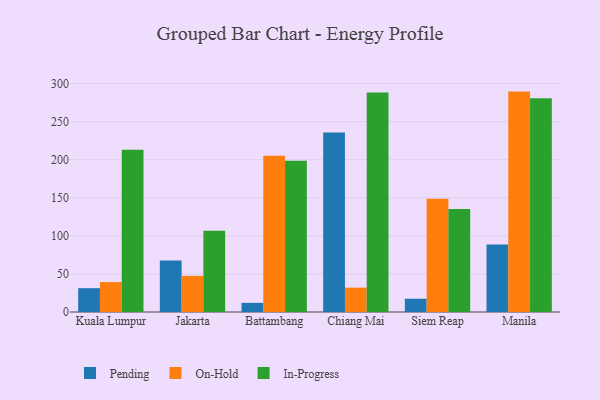
{"axis": {"x": "City", "y": "Satisfaction Score"}, "legend": ["In-Progress", "On-Hold", "Pending"], "data": [{"x": "Kuala Lumpur", "y": 31.3, "type": "Pending"}, {"x": "Kuala Lumpur", "y": 39.3, "type": "On-Hold"}, {"x": "Kuala Lumpur", "y": 213.2, "type": "In-Progress"}, {"x": "Jakarta", "y": 67.8, "type": "Pending"}, {"x": "Jakarta", "y": 47.5, "type": "On-Hold"}, {"x": "Jakarta", "y": 106.7, "type": "In-Progress"}, {"x": "Battambang", "y": 12.0, "type": "Pending"}, {"x": "Battambang", "y": 205.2, "type": "On-Hold"}, {"x": "Battambang", "y": 198.6, "type": "In-Progress"}, {"x": "Chiang Mai", "y": 235.9, "type": "Pending"}, {"x": "Chiang Mai", "y": 32.0, "type": "On-Hold"}, {"x": "Chiang Mai", "y": 288.3, "type": "In-Progress"}, {"x": "Siem Reap", "y": 17.4, "type": "Pending"}, {"x": "Siem Reap", "y": 148.8, "type": "On-Hold"}, {"x": "Siem Reap", "y": 135.4, "type": "In-Progress"}, {"x": "Manila", "y": 88.5, "type": "Pending"}, {"x": "Manila", "y": 289.5, "type": "On-Hold"}, {"x": "Manila", "y": 280.7, "type": "In-Progress"}]}